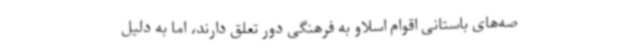
صه‌های باستانی اقوام اسلاو به فرهنگی دور تعلق دارند، اما به دلیل